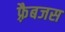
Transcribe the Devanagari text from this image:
फ़्रैबजस